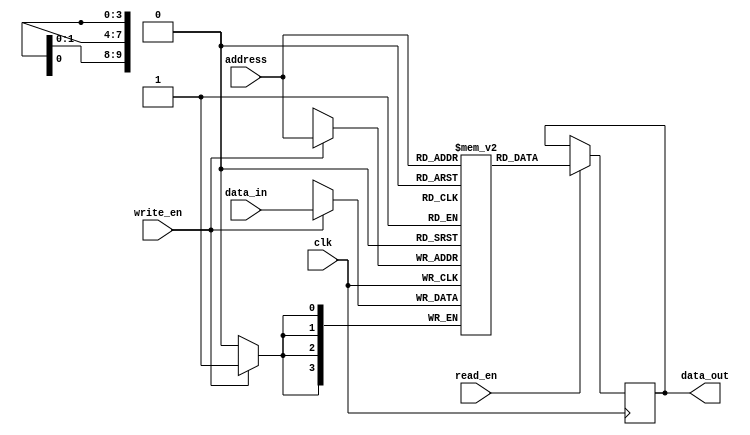
module sram (
    input wire clk,        
    input wire read_en,    
    input wire write_en,   
    input wire [9:0] address, 
    input wire [3:0] data_in, 
    output wire [3:0] data_out
);

reg [3:0] memory [1023:0]; // 1024 memory cells

always @(posedge clk) begin
    if(read_en) begin
        data_out <= memory[address];
    end
    
    if(write_en) begin
        memory[address] <= data_in;
    end
end

endmodule